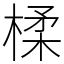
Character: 楺